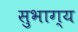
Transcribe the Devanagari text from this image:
सुभाग्य